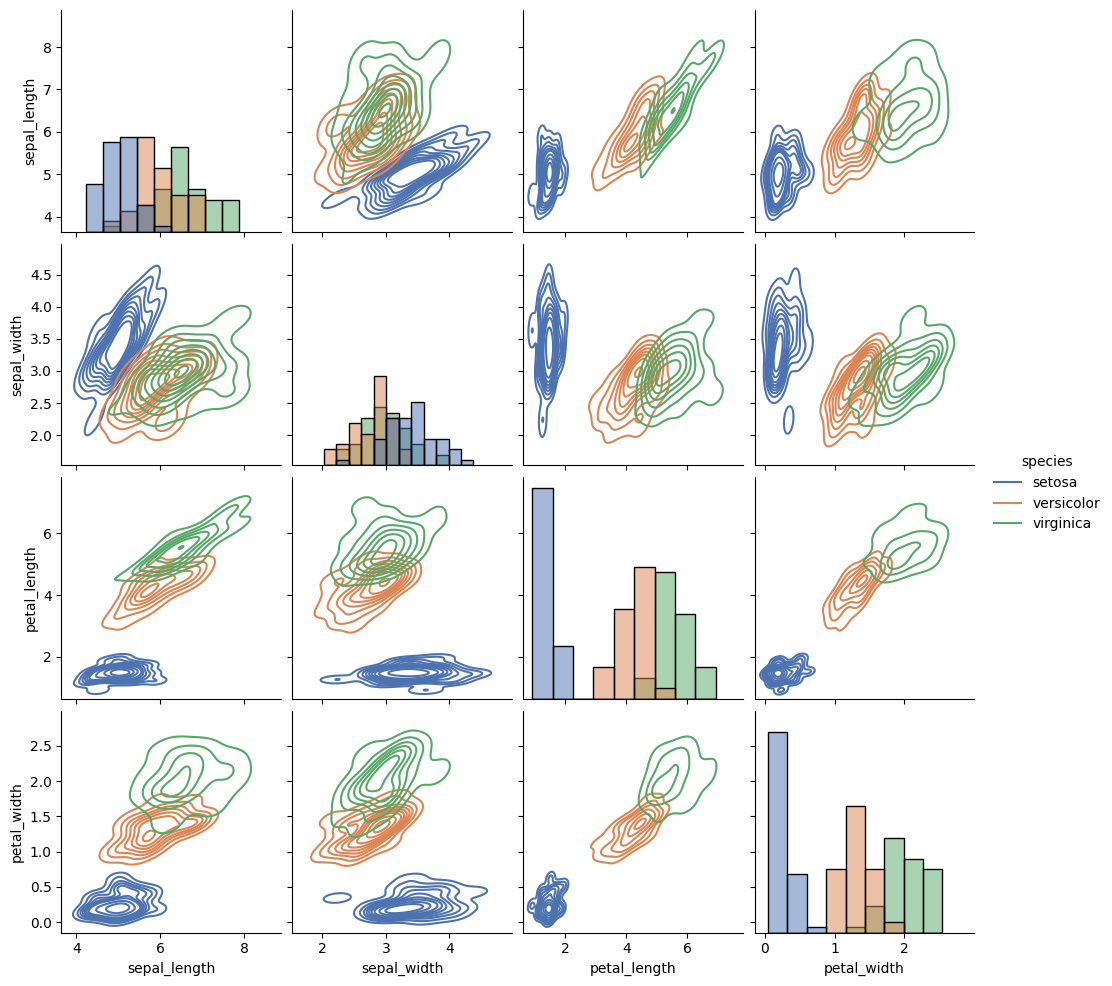
python, seaborn, pairplot, palette='deep', markers=['o'], kind='kde', diag_kind='hist'